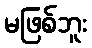
မဖြစ်ဘူး